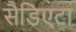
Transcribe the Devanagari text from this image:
सैडिएटा